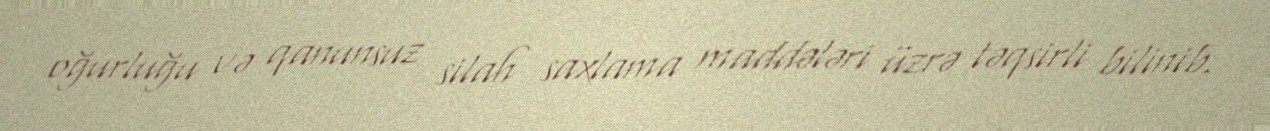
oğurluğu və qanunsuz silah saxlama maddələri üzrə təqsirli bilinib.